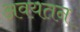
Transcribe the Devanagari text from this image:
अवयतन